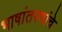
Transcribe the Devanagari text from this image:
भाषांतरणांचे